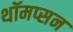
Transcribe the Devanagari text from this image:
थॉमप्सन